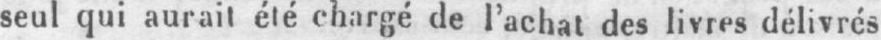
seul qui aurait été chargé de l’achat des livres délivrés